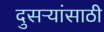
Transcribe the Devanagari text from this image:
दुसऱ्यांसाठी